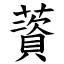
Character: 薋